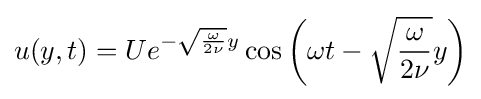
u(y,t)=Ue^{-{\sqrt {\frac {\omega }{2\nu }}}y}\cos \left(\omega t-{\sqrt {\frac {\omega }{2\nu }}}y\right)